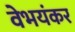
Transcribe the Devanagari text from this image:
वेभयंकर